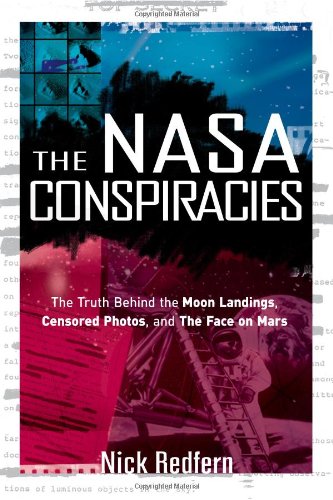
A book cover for The NASA Conspiracies: The Truth  Behind  the Moon Landings, Censored Photos , and The Face on Mars; Nick Redfern; Science & Math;